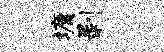
墉剥